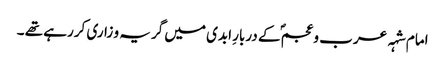
امام شہہ عرب و عجمؐ کے دربارِ ابدی میں گریہ و زاری کررہے تھے ۔